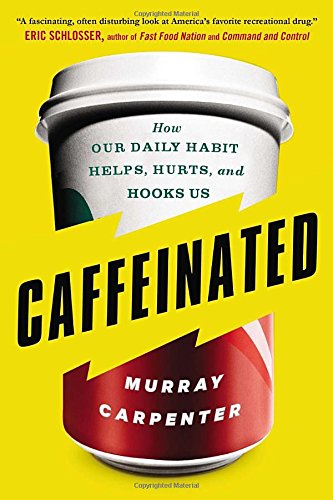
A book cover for Caffeinated: How Our Daily Habit Helps, Hurts, and Hooks Us; Murray Carpenter; Health, Fitness & Dieting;